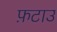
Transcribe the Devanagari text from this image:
फ़टाउ